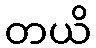
တယိ